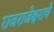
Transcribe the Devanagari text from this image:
राजराजेश्वराचे